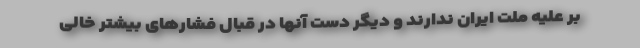
بر علیه ملت ایران ندارند و دیگر دست آنها در قبال فشارهای بیشتر خالی